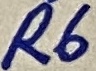
Text: R6